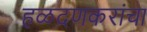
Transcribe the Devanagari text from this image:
हळदणकरांचा